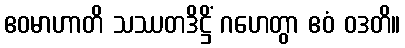
ဧဝမာဟာတိ သဿတဒိဋ္ဌိံ ဂဟေတွာ ဧဝံ ဝဒတိ။